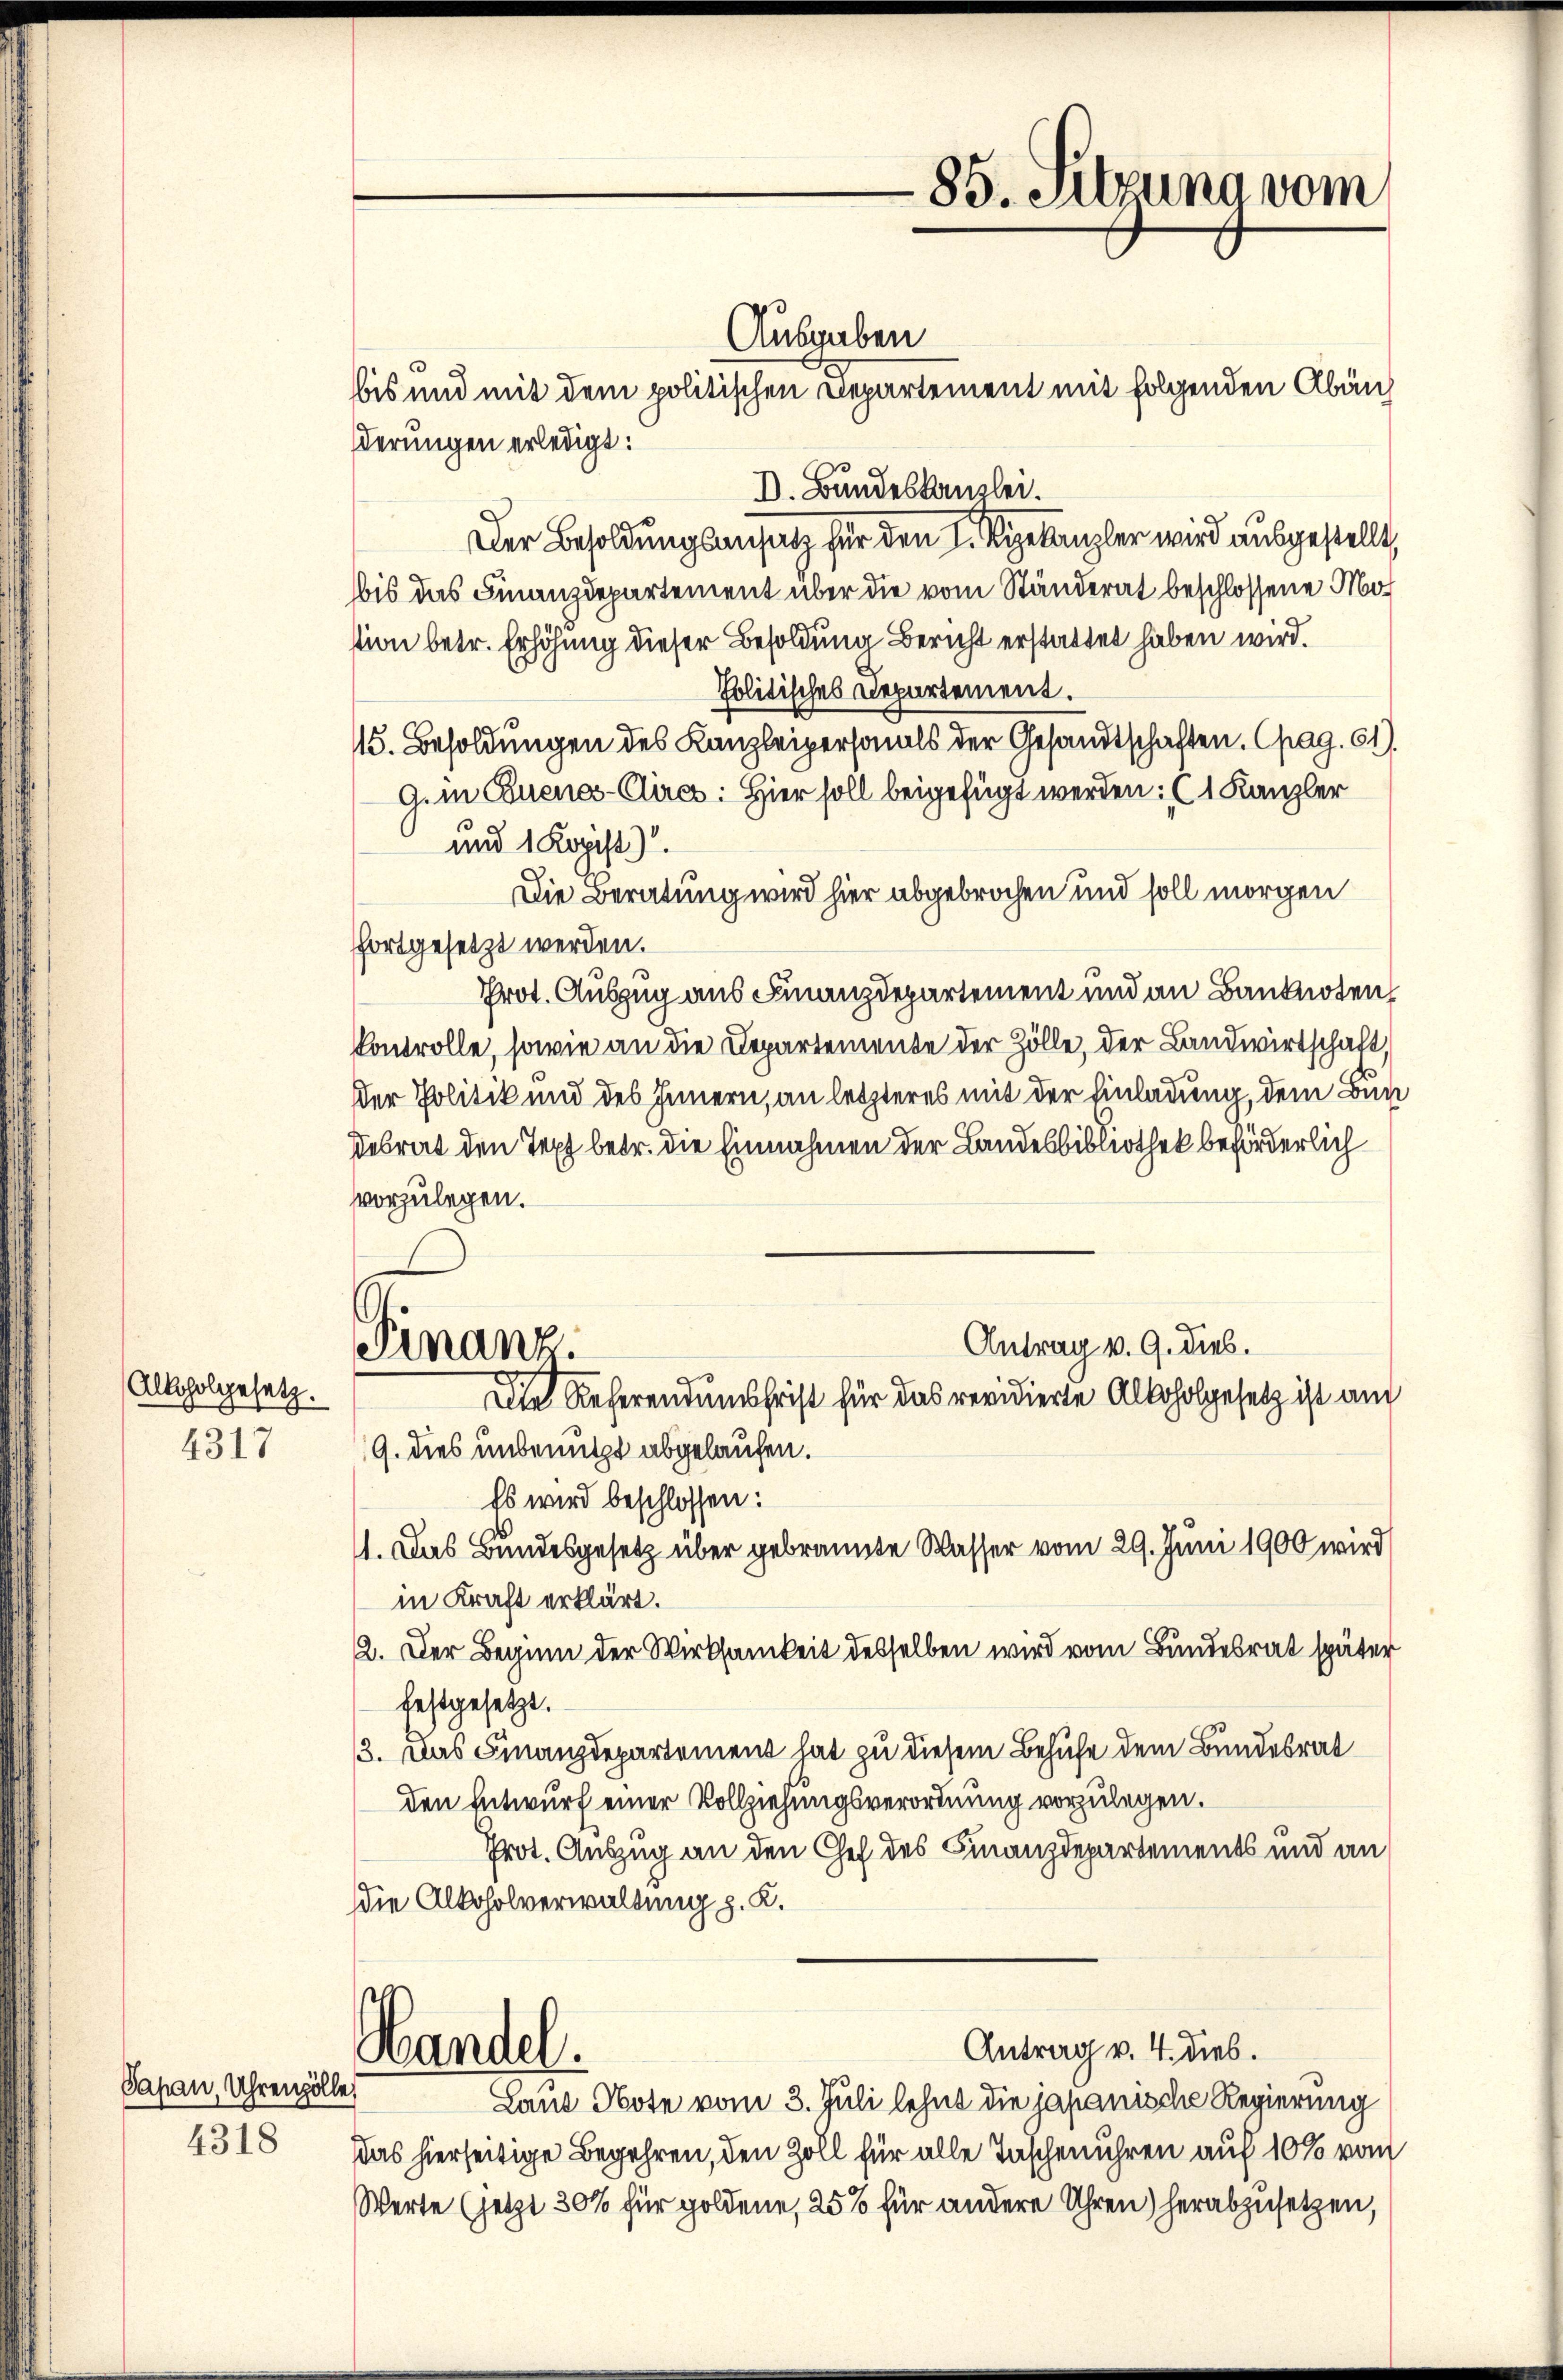
Alkoholgesetz.
4317

Papan, Uhrenzolle,
4318

Ausgaben
bis und mit dem politischen Departement mit folgenden Abänderungen erledigt:
D. Bundeskanzlei.
Der Besoldungsansatz für den 1. Sie kanzler wird ausgestellt,
bbis das Finanzdepartement über die vom Ständerat beschlossene Mot
tion betr. Erhöhung dieser Besoldung Bericht erstattet haben wird.
Politisches Departement.
15. Besoldungen des Kanzleipersonals der Gesandtschaften. (pag. 61.
G. in Euenos-Circs: Hier soll beigefügt werden; (1 Kanzler
und 1 Kopist).
Die Beratung wird hier abgebrochen und soll morgen
fortgesetzt werden.
Prot. Auszug aus Finanzdepartement und an Banknoten,
kontrolle, sowie an die Departemente der Zölle, der Landwirtschaft,
Der Politik und des Innern, an letzteres mit der Einladung, dem Bun
desrat den Text betr. die Einnahmen der Landesbibliothek beförderlich
vorzulegen.
Antrag v. 9. dies.
Finanz.
Die Referendumschrist für das revidierte Alkoholgesetz ist am
9. dies unbenutzt abgelaufen.
Es wird beschlossen:
1. Das Bundesgesetz über gebrannte Wasser vom 29. Juni 1900 wird
in Kraft erklärt.
2. Der Beginn der Wirksamkeit desselben wird vom Bundesrat später
festgesetzt.
3. Das Finanzdepartement hat zu diesem Behufe dem Bundesrat
den Entwurf einer Vollziehungsverordnung vorzulegen.
Prot. Auszug an den Chef des Finanzdepartements und an
die Alkoholverwaltung z. K.

Handel.

85. Sitzung vom

Laut Note vom 3. Juli lehnt die japanische Regierung
Das hierseitige Begehren, den Zoll für alle Taschenuhren auf 10 % vom
Werte (jetzt 30% für goldene, 25% für andere Uhren) herabzusetzen,

Antrag v. 4. dies.